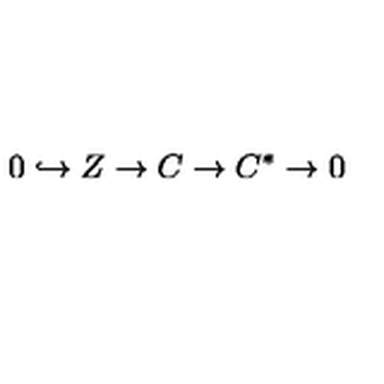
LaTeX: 0 \hookrightarrow { } Z \rightarrow { } C \rightarrow { } C ^ { * } \rightarrow { } 0